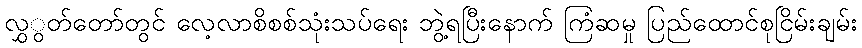
လွှွတ်တော်တွင် လေ့လာစိစစ်သုံးသပ်ရေး ဘွဲ့ရပြီးနောက် ကြံဆမှု ပြည်ထောင်စုငြိမ်းချမ်း